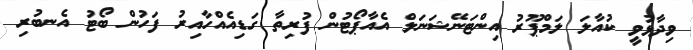
ވިދާޅުވީ ކުއާލަ ލަމްޕޫރު އިންޓަނޭޝަނަލް އެއާޕޯޓުން ފުރިތާ ގަޑިއެއްހާއިރު ފަހުން ބޯޓު އެނބުރި